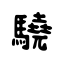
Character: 驍